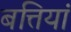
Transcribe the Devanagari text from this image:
बत्तियां